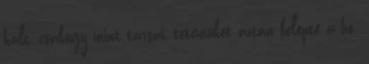
halt, csakúgy mint társai, tetemüket aztán belepte a hó.